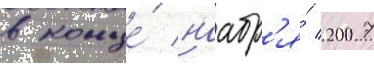
в конце́ ноабр'я́ 2007